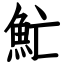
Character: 䰶